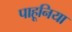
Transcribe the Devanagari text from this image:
पाहूनिया